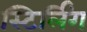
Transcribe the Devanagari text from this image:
स्टिर्लिंग